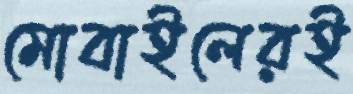
মোবাইলেরই